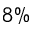
8 \%